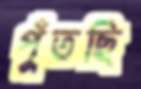
পুঁতছি